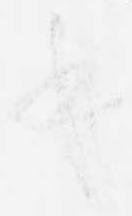
乎